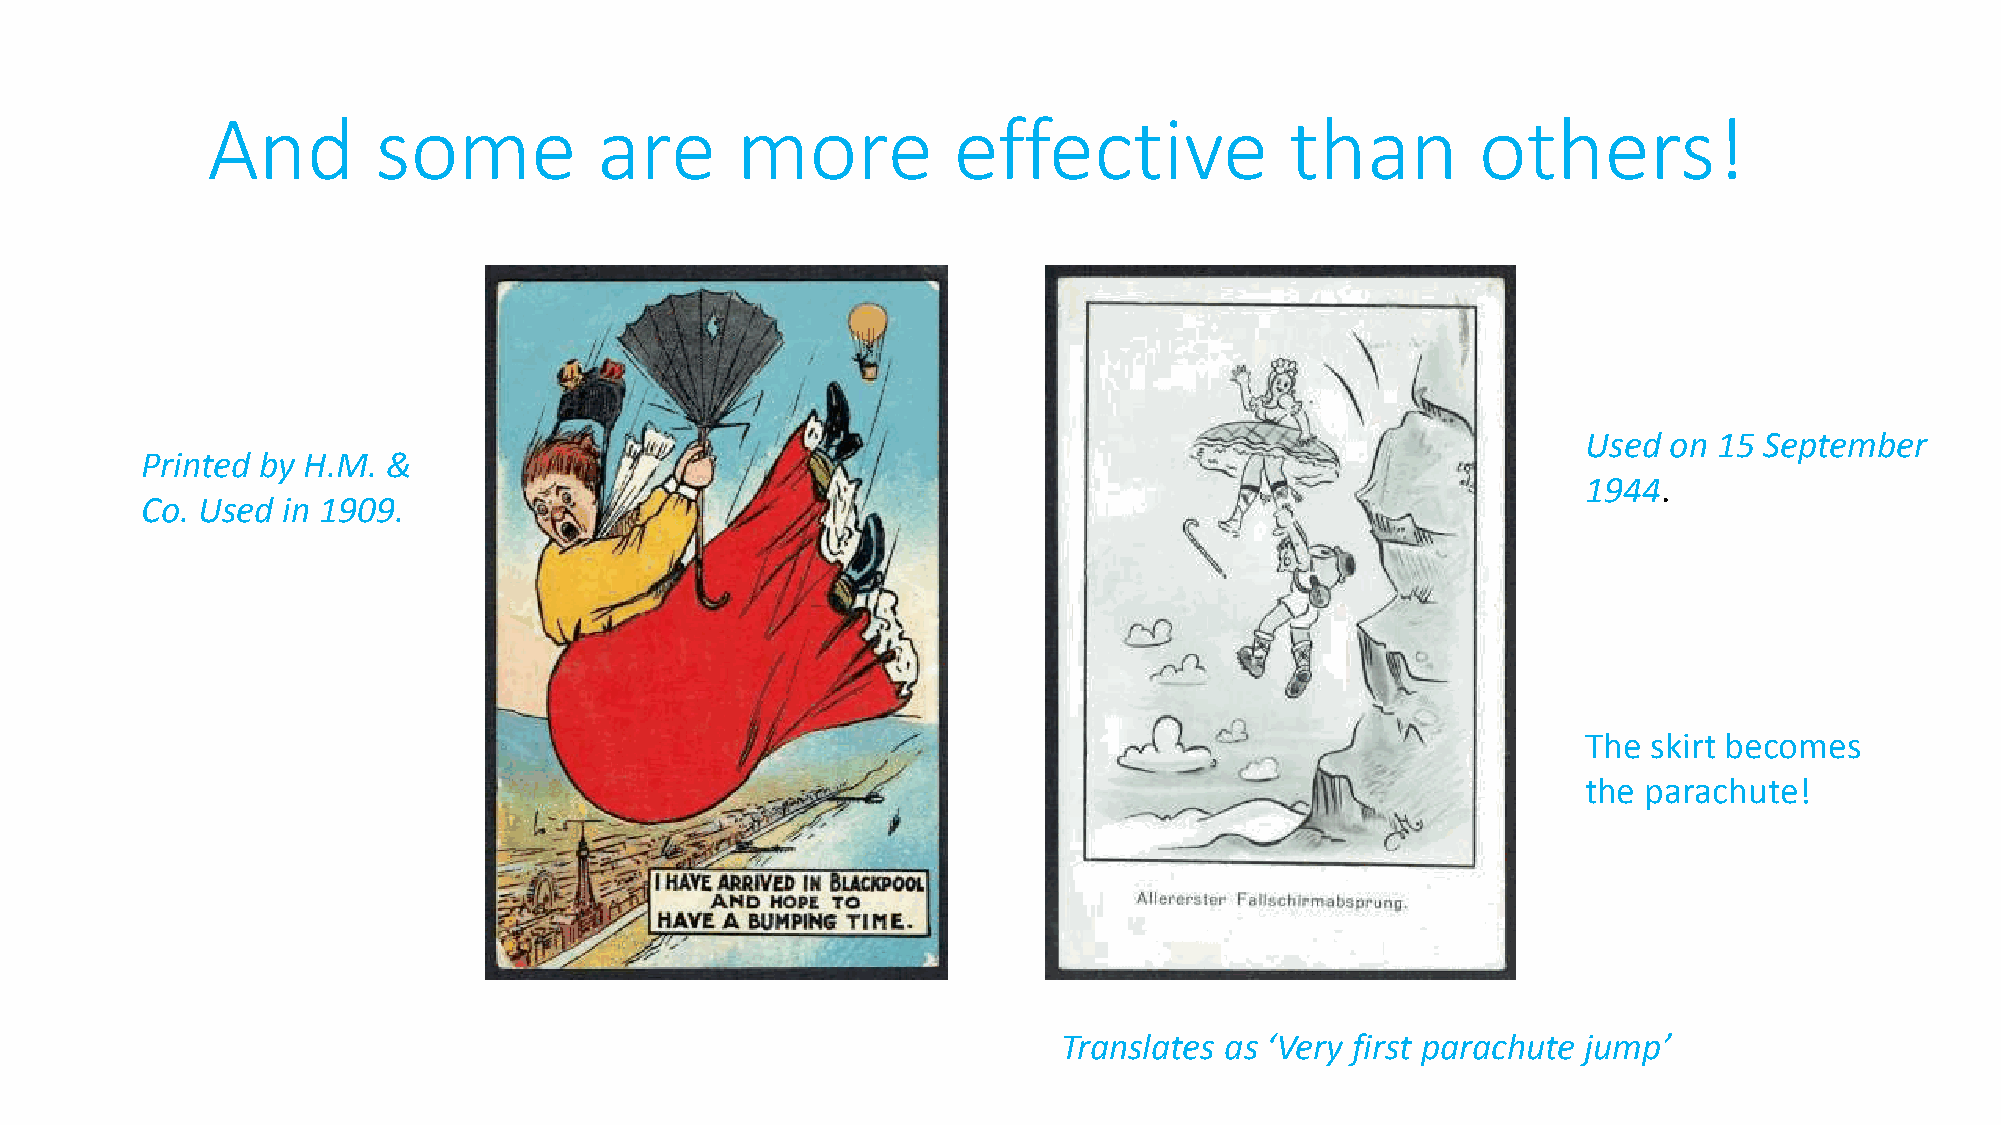
And        some           are      more          effective             than         others!
 Used on  15 September
 Printed by H.M.  &
 1944.
 Co. Used  in 1909.
 The skirt becomes
 the parachute!
 Translates as ‘Very first parachute jump’